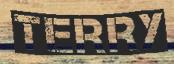
TERRY